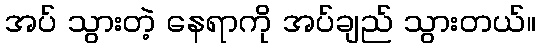
အပ် သွားတဲ့ နေရာကို အပ်ချည် သွားတယ်။